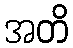
အတိ